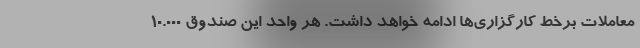
معاملات برخط کارگزاری‌ها ادامه خواهد داشت. هر واحد این صندوق 10.000